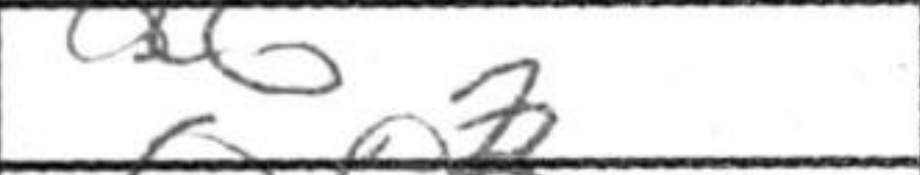
Transcription: a6